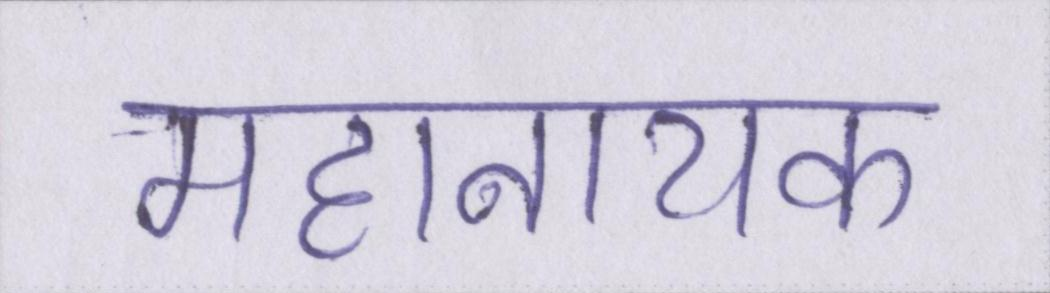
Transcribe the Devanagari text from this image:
महानायक